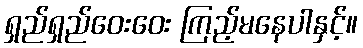
ရှည်ရှည်ဝေးဝေး ကြည့်မနေပါနှင့်။